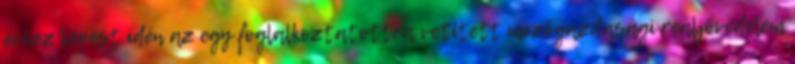
évhez képest idén az egy foglalkoztatottra vetített mezőgazdasági reáljövedelem